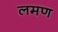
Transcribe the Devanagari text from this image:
लमण